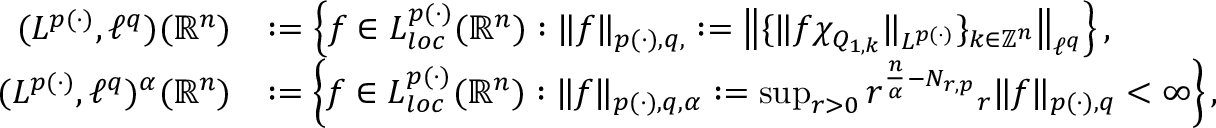
\begin{array} { r l } { ( L ^ { p ( \cdot ) } , \ell ^ { q } ) ( \mathbb { R } ^ { n } ) } & { : = \left\{ f \in L _ { l o c } ^ { p ( \cdot ) } ( \mathbb { R } ^ { n } ) : \| f \| _ { p ( \cdot ) , q , } : = \big \| \{ \| f \chi _ { Q _ { 1 , k } } \| _ { L ^ { p ( \cdot ) } } \} _ { k \in \mathbb { Z } ^ { n } } \big \| _ { \ell ^ { q } } \right\} , } \\ { ( L ^ { p ( \cdot ) } , \ell ^ { q } ) ^ { \alpha } ( { \mathbb R } ^ { n } ) } & { : = \left\{ f \in L _ { l o c } ^ { p ( \cdot ) } ( { \mathbb R } ^ { n } ) : \| f \| _ { p ( \cdot ) , q , \alpha } : = \operatorname* { s u p } _ { r > 0 } r ^ { \frac { n } { \alpha } - N _ { r , p } } { _ r \| f \| _ { p ( \cdot ) , q } } < \infty \right\} , } \end{array}